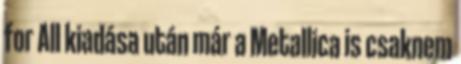
for All kiadása után már a Metallica is csaknem